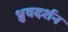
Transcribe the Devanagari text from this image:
ध्रुवदर्शन